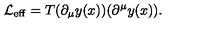
{ \cal L } _ { \mathrm { e f f } } = T ( \partial _ { \mu } y ( x ) ) ( \partial ^ { \mu } y ( x ) ) .